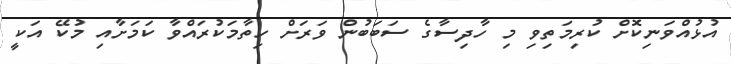
އުޅުއްވަނިކޮށް ކުރިމަތިވި މި ހާދިސާގެ ސަބަބުން ވަރަށް ހިތާމަކުރައްވާ ކަމަށާއި މުކޭ އަކީ